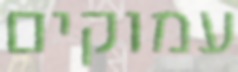
עמוקים